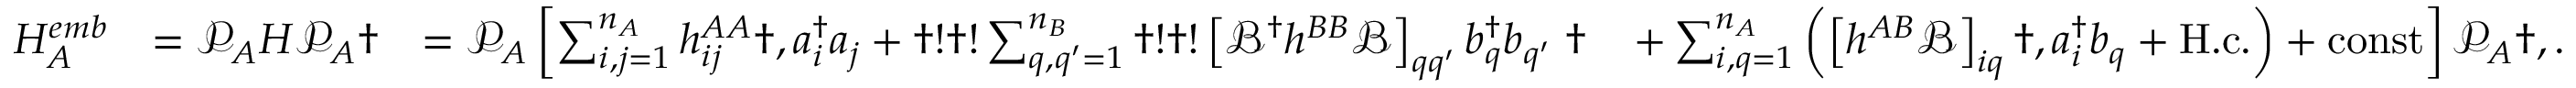
\begin{array} { r l r l } { H _ { A } ^ { e m b } } & { = \mathcal { P } _ { A } H \mathcal { P } _ { A } \dag } & { = \mathcal { P } _ { A } \left[ \sum _ { i , j = 1 } ^ { n _ { A } } h _ { i j } ^ { A A } \dag , a _ { i } ^ { \dagger } a _ { j } + \dag ! \dag ! \sum _ { q , q ^ { \prime } = 1 } ^ { n _ { B } } \dag ! \dag ! \left[ \mathcal { B } ^ { \dagger } h ^ { B B } \mathcal { B } \right] _ { q q ^ { \prime } } b _ { q } ^ { \dagger } b _ { q ^ { \prime } } \right. \dag } & { \left. + \sum _ { i , q = 1 } ^ { n _ { A } } \left( \left[ h ^ { A B } \mathcal { B } \right] _ { i q } \dag , a _ { i } ^ { \dagger } b _ { q } + \mathrm { H . c . } \right) + \mathrm { c o n s t } \right] \mathcal { P } _ { A } \dag , . } \end{array}